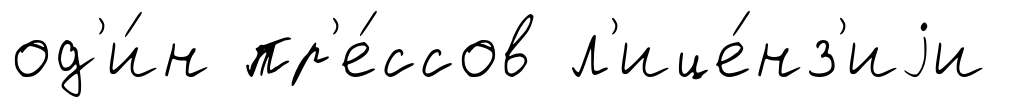
од'и́н пр'е́ссов л'ице́нз'иjи